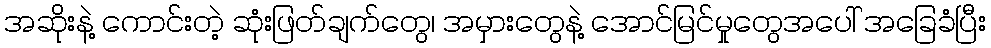
အဆိုးနဲ့ ကောင်းတဲ့ ဆုံးဖြတ်ချက်တွေ၊ အမှားတွေနဲ့ အောင်မြင်မှုတွေအပေါ် အခြေခံပြီး